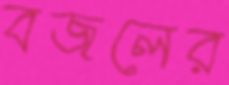
বজলের